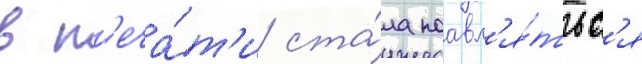
в п'еча́т'и ста́ла поавл'я́тьс'я